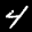
Digit: 4